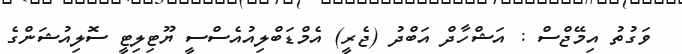
ވަގުތު އިމޭޖްސް : އަޝްހާދް އަބްދު (ޖެރީ) އެމްޑަބްލިއުއެސްސީ ޔޫޓިލިޓީ ސޮލިއުޝަންގެ